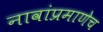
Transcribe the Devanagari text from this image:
नावांप्रमाणेच